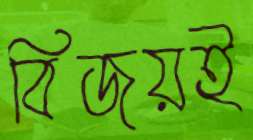
বিজয়ই